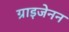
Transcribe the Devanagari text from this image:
ग्राइजेनन